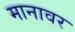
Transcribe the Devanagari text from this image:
मानावर